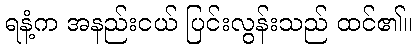
ရနံ့က အနည်းငယ် ပြင်းလွန်းသည် ထင်၏။